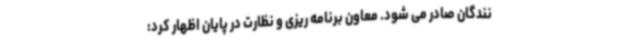
نندگان صادر می شود. معاون برنامه ریزی و نظارت در پایان اظهار کرد: